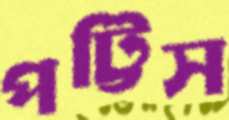
পট্টিস